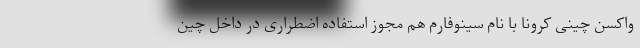
واکسن چینی کرونا با نام سینوفارم هم مجوز استفاده اضطراری در داخل چین